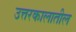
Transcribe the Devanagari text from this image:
उत्तरकालातील